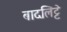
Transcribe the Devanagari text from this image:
बादलिट्टे